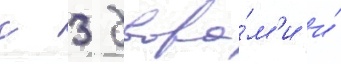
с 3 двора́м'и и́